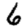
Digit: 6